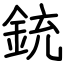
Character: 銃